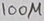
Text: 100µ